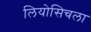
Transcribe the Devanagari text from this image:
लियोसिचला